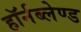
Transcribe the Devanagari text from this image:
हॉर्नब्लेण्ड